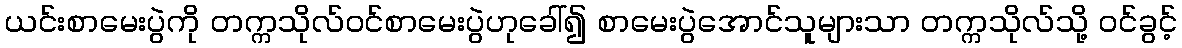
ယင်းစာမေးပွဲကို တက္ကသိုလ်ဝင်စာမေးပွဲဟုခေါ်၍ စာမေးပွဲအောင်သူများသာ တက္ကသိုလ်သို့ ဝင်ခွင့်